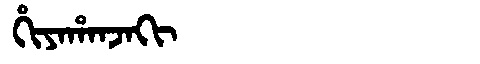
Manchu: ᡥᡳᠶᠠᡥᠠᠨᠵᠠᡴᡳ
Romanization: HIYAHANJAKI